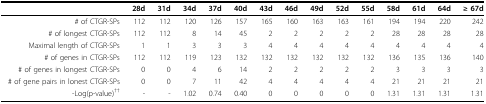
<table><thead><tr><td></td><td><b>28d</b></td><td><b>31d</b></td><td><b>34d</b></td><td><b>37d</b></td><td><b>40d</b></td><td><b>43d</b></td><td><b>46d</b></td><td><b>49d</b></td><td><b>52d</b></td><td><b>55d</b></td><td><b>58d</b></td><td><b>61d</b></td><td><b>64d</b></td><td><b>≥ 67d</b></td></tr></thead><tbody><tr><td># of CTGR-SPs</td><td>112</td><td>112</td><td>120</td><td>126</td><td>157</td><td>165</td><td>160</td><td>163</td><td>163</td><td>161</td><td>194</td><td>194</td><td>220</td><td>242</td></tr><tr><td># of longest CTGR-SPs</td><td>112</td><td>112</td><td>8</td><td>14</td><td>45</td><td>2</td><td>2</td><td>2</td><td>2</td><td>2</td><td>28</td><td>28</td><td>28</td><td>28</td></tr><tr><td>Maximal length of CTGR-SPs</td><td>1</td><td>1</td><td>3</td><td>3</td><td>3</td><td>4</td><td>4</td><td>4</td><td>4</td><td>4</td><td>4</td><td>4</td><td>4</td><td>4</td></tr><tr><td># of genes in CTGR-SPs</td><td>112</td><td>112</td><td>119</td><td>123</td><td>132</td><td>132</td><td>132</td><td>132</td><td>132</td><td>132</td><td>136</td><td>135</td><td>136</td><td>140</td></tr><tr><td># of genes in longest CTGR-SPs</td><td>0</td><td>0</td><td>4</td><td>6</td><td>14</td><td>2</td><td>2</td><td>2</td><td>2</td><td>2</td><td>3</td><td>3</td><td>3</td><td>3</td></tr><tr><td># of gene pairs in lonest CTGR-SPs</td><td>0</td><td>0</td><td>7</td><td>11</td><td>42</td><td>4</td><td>4</td><td>4</td><td>4</td><td>4</td><td>21</td><td>21</td><td>21</td><td>21</td></tr><tr><td>-Log(p-value)<sup>††</sup></td><td>-</td><td>-</td><td>1.02</td><td>0.74</td><td>0.40</td><td>0</td><td>0</td><td>0</td><td>0</td><td>0</td><td>1.31</td><td>1.31</td><td>1.31</td><td>1.31</td></tr></tbody></table>